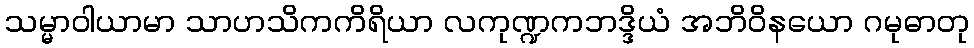
သမ္မာဝါယာမာ သာဟသိကကိရိယာ လကုဏ္ဍကဘဒ္ဒိယံ အဘိဝိနယော ဂမုဓာတု